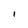
Character: 1